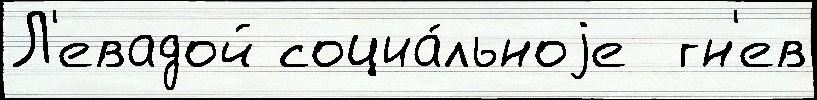
Л'евадой социа́льноjе  гн'ев